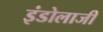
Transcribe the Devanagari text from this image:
इंडोलाजी